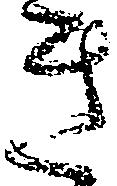
き